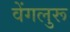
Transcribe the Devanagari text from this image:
वेंगलुरू